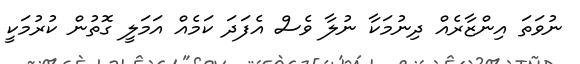
ނުވަތަ އިންޒާރެއް ދިނުމަކާ ނުލާ ވެސް އެފަދަ ކަމެއް އަމަލީ ގޮތުން ކުރުމަކީ